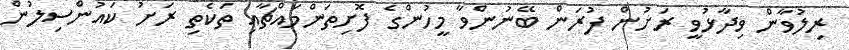
ރިލުވާން ވިދާޅުވީ ރަށުން ފުރަން ބޭނުންވާ މީހުންގެ ފޮށިތަންމައްޗާއި ތަކެތި ރަށު ކައުންސިލުން